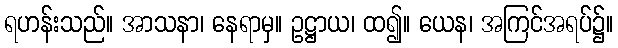
ရဟန်းသည်။ အာသနာ၊ နေရာမှ။ ဥဋ္ဌာယ၊ ထ၍။ ယေန၊ အကြင်အရပ်၌။